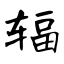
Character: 辐